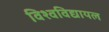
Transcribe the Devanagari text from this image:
विश्‍वविद्यायल